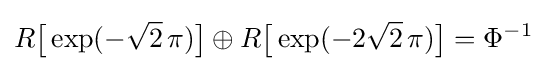
R{\bigl [}\exp(-{\sqrt {2}}\,\pi ){\bigr ]}\oplus R{\bigl [}\exp(-2{\sqrt {2}}\,\pi ){\bigr ]}=\Phi ^{-1}